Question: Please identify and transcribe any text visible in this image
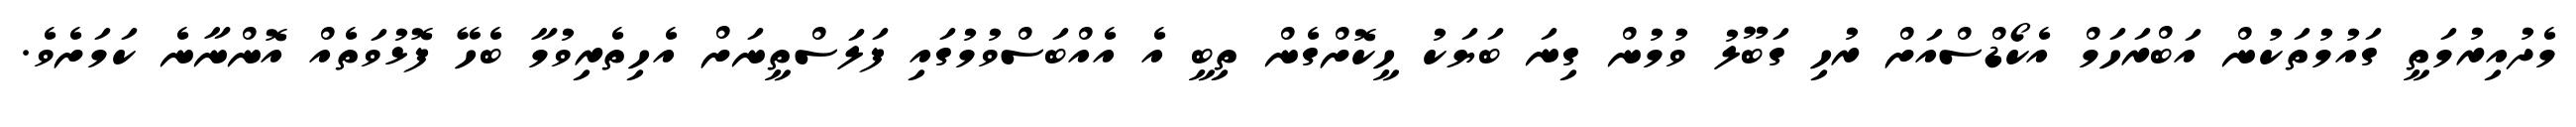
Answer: މެދުއިރުމަތީ ގައުމުތަކުން އަބްރަހަމް އެކޯޑްސްއަށް ރުހި ގަބޫލު ވުމުން ގިނަ ބަޔަކު ހީކޮށްގެން ތިބީ އެ އެއްބަސްވުމުގައި ފަލަސްތީނަށް އެހިތެރިވުމާ ބެހޭ ފޮޅުވަތެއް އޮންނާނެ ކަމަށެވެ.